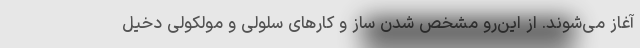
آغاز می‌شوند. از این‌رو مشخص شدن ساز و کارهای سلولی و مولکولی دخیل